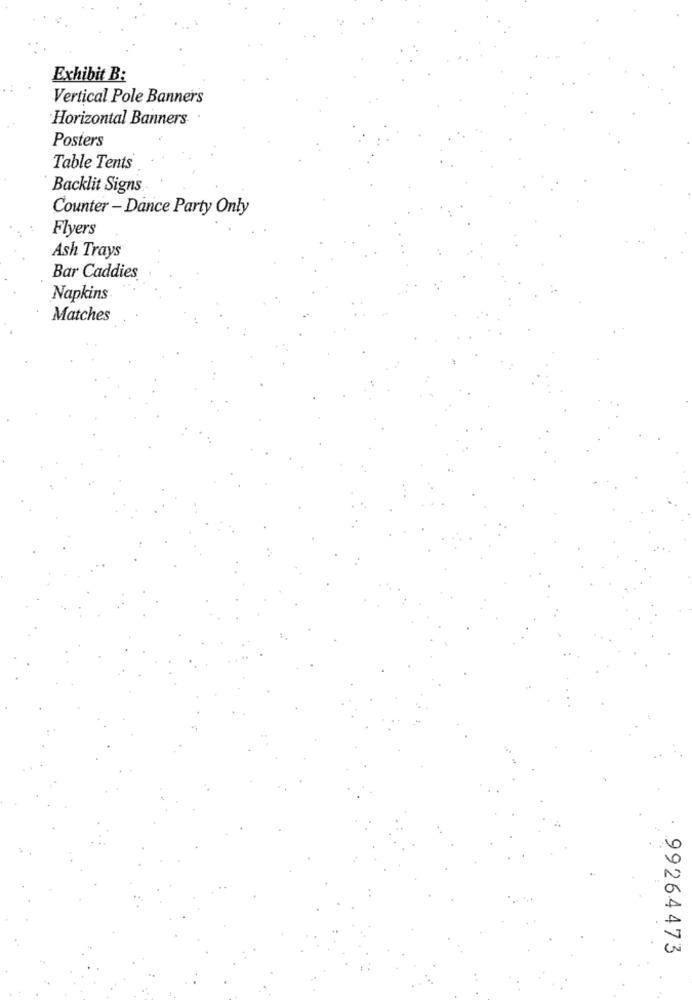
Exhibit B:
Vertical Pole Banners
Horizontal Banners
Posters
Table Tents
Backlit Signs
Counter - Dance Party Only
Flyers
Ash Trays
Bar Caddies
Napkins
Matches
99264473